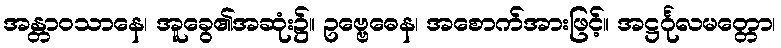
အန္တာဝသာနေ၊ အူခွေ၏အဆုံး၌။ ဥဗ္ဗေဓေန၊ အစောက်အားဖြင့်။ အဋ္ဌင်္ဂုလမတ္တော၊